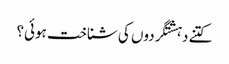
کتنے دہشتگردوں کی شناخت ہوئی؟